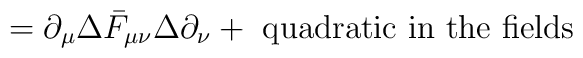
=\partial_\mu\Delta\bar{F}_{\mu\nu}\Delta\partial_\nu+	\textrm{ quadratic in the fields}